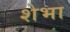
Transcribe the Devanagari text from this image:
शेभा